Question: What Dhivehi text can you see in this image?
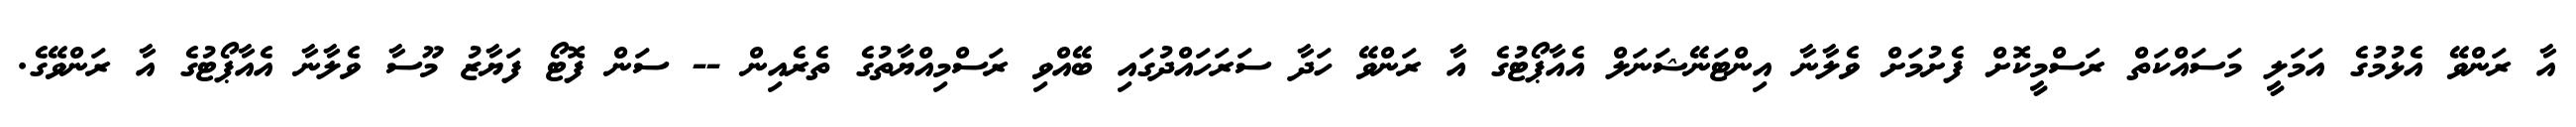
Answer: އާ ރަންވޭ އެޅުމުގެ އަމަލީ މަސައްކަތް ރަސްމީކޮށް ފެށުމަށް ވެލާނާ އިންޓަނޭޝަނަލް އެއާޕޯޓުގެ އާ ރަންވޭ ހަދާ ސަރަހައްދުގައި ބޭއްވި ރަސްމިއްޔާތުގެ ތެރެއިން -- ސަން ފޮޓޯ ފަޔާޒު މޫސާ ވެލާނާ އެއާޕޯޓުގެ އާ ރަންވޭގެ.